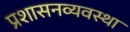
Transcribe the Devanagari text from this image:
प्रशासनव्यवस्था